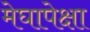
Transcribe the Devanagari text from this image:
मेघापेक्षा